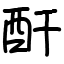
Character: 酐